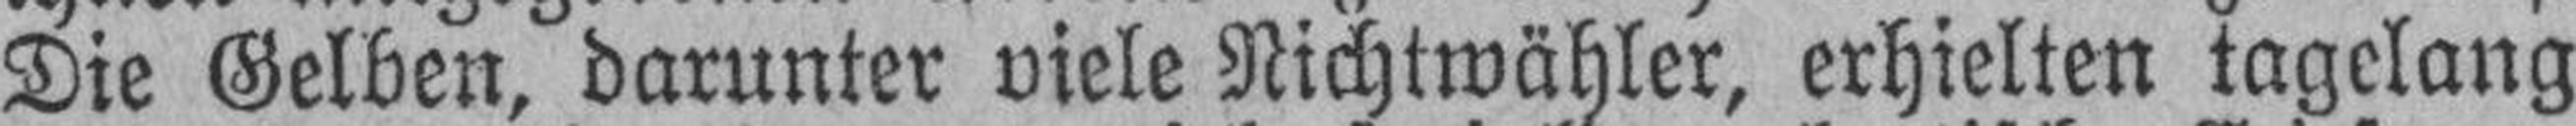
Die Gelben, darunter viele Nichtwähler, erhielten tagelang